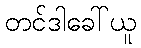
တင်ဒါခေါ်ယူ